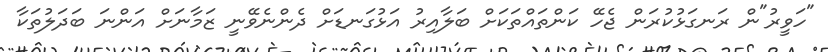
"ހަވީރު"ން ރަނގަޅުކުރަން ޖެހޭ ކަންތައްތަކަށް ބަލާއިރު އަޅުގަނޑަށް ދެންނެވޭނީ ޒަމާނަށް އަންނަ ބަދަލުތަކާ